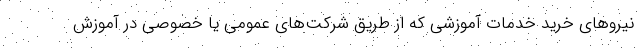
نیروهای خرید خدمات آموزشی که از طریق شرکت‌های عمومی یا خصوصی در آموزش